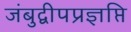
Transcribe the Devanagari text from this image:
जंबुद्वीपप्रज्ञप्ति